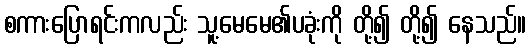
စကားပြောရင်းကလည်း သူ့မေမေ၏ပခုံးကို တို့၍ တို့၍ နေသည်။